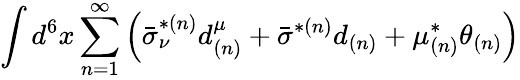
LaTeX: \int d^{6}x\sum_{n=1}^{\infty}\left(\bar{\sigma}_{\nu}^{*(n)}d_{(n)}^{\mu}+\bar{\sigma}^{*(n)}d_{(n)}+\mu_{(n)}^{*}\theta_{(n)}\right)